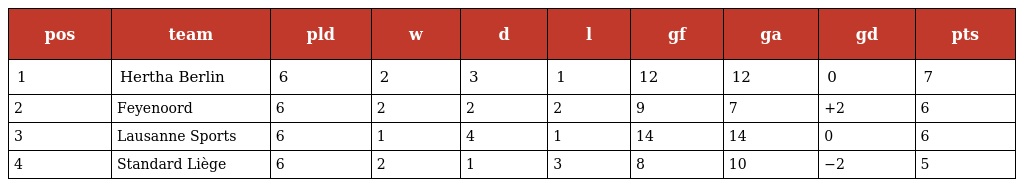
| pos | team | pld | w | d | l | gf | ga | gd | pts |
 | --- | --- | --- | --- | --- | --- | --- | --- | --- | --- |
 | 1 | Hertha Berlin | 6 | 2 | 3 | 1 | 12 | 12 | 0 | 7 |
 | 2 | Feyenoord | 6 | 2 | 2 | 2 | 9 | 7 | +2 | 6 |
 | 3 | Lausanne Sports | 6 | 1 | 4 | 1 | 14 | 14 | 0 | 6 |
 | 4 | Standard Liège | 6 | 2 | 1 | 3 | 8 | 10 | −2 | 5 |